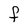
Character: F